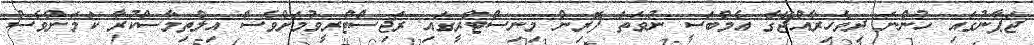
ޖަޕާނުގައި ހުންނަ ދިވެހިރާއްޖޭގެ އެމްބަސީ ނުވަތަ ފޮރިން މިނިސްޓްރީގައި ރަޖިސްޓްރީވުމަށްވެސް އިލްތިމާސްކުރާ ކަމަށްވެސް